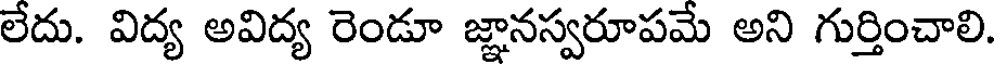
లేదు. విద్య అవిద్య రెండూ జ్ఞానస్వరూపమే అని గుర్తించాలి.